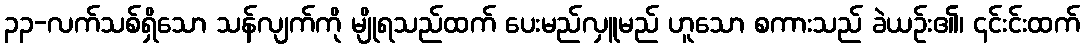
၃၃-လက်သစ်ရှိသော သန်လျက်ကို မျိုရသည်ထက် ပေးမည်လှူမည် ဟူသော စကားသည် ခဲယဉ်း၏၊ ၎င်းင်းထက်